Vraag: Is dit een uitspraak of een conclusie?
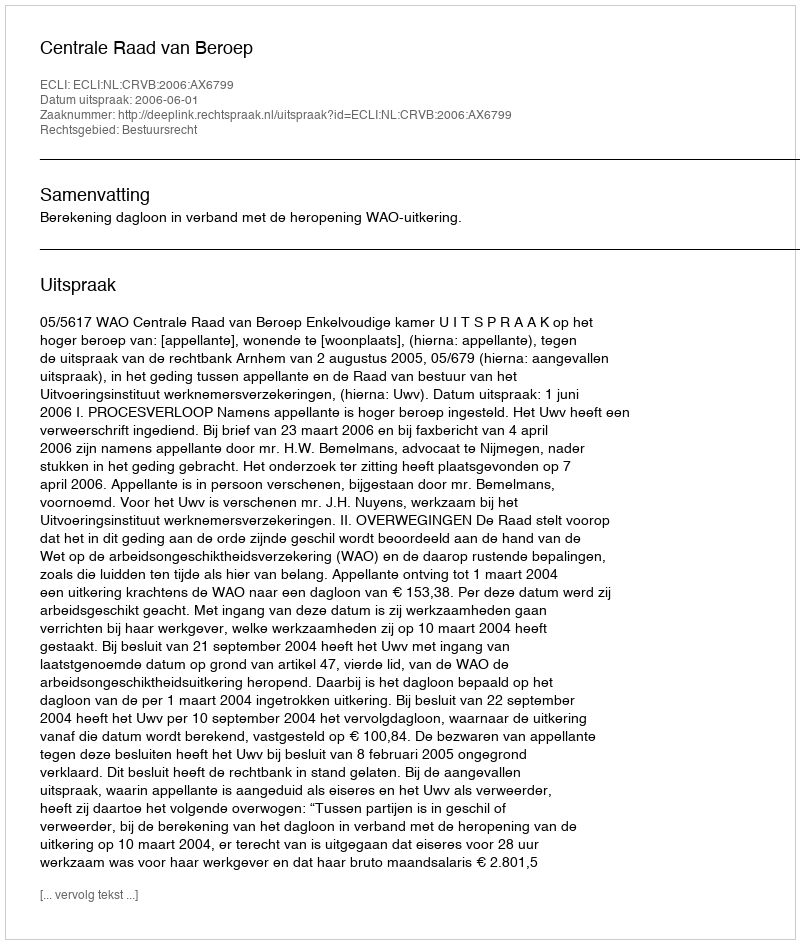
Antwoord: Uitspraak